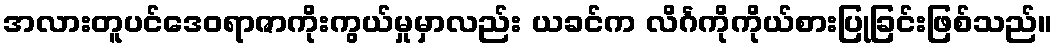
အလားတူပင်ဒေဝရာဇာကိုးကွယ်မှုမှာလည်း ယခင်က လိင်္ဂကိုကိုယ်စားပြုခြင်းဖြစ်သည်။